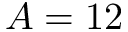
A = 1 2